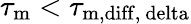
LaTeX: \tau_{\mathrm{m}}<\tau_{\mathrm{m,diff,\ delta}}